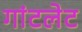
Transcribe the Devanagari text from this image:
गांटलेट